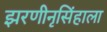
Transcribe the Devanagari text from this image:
झरणीनृसिंहाला